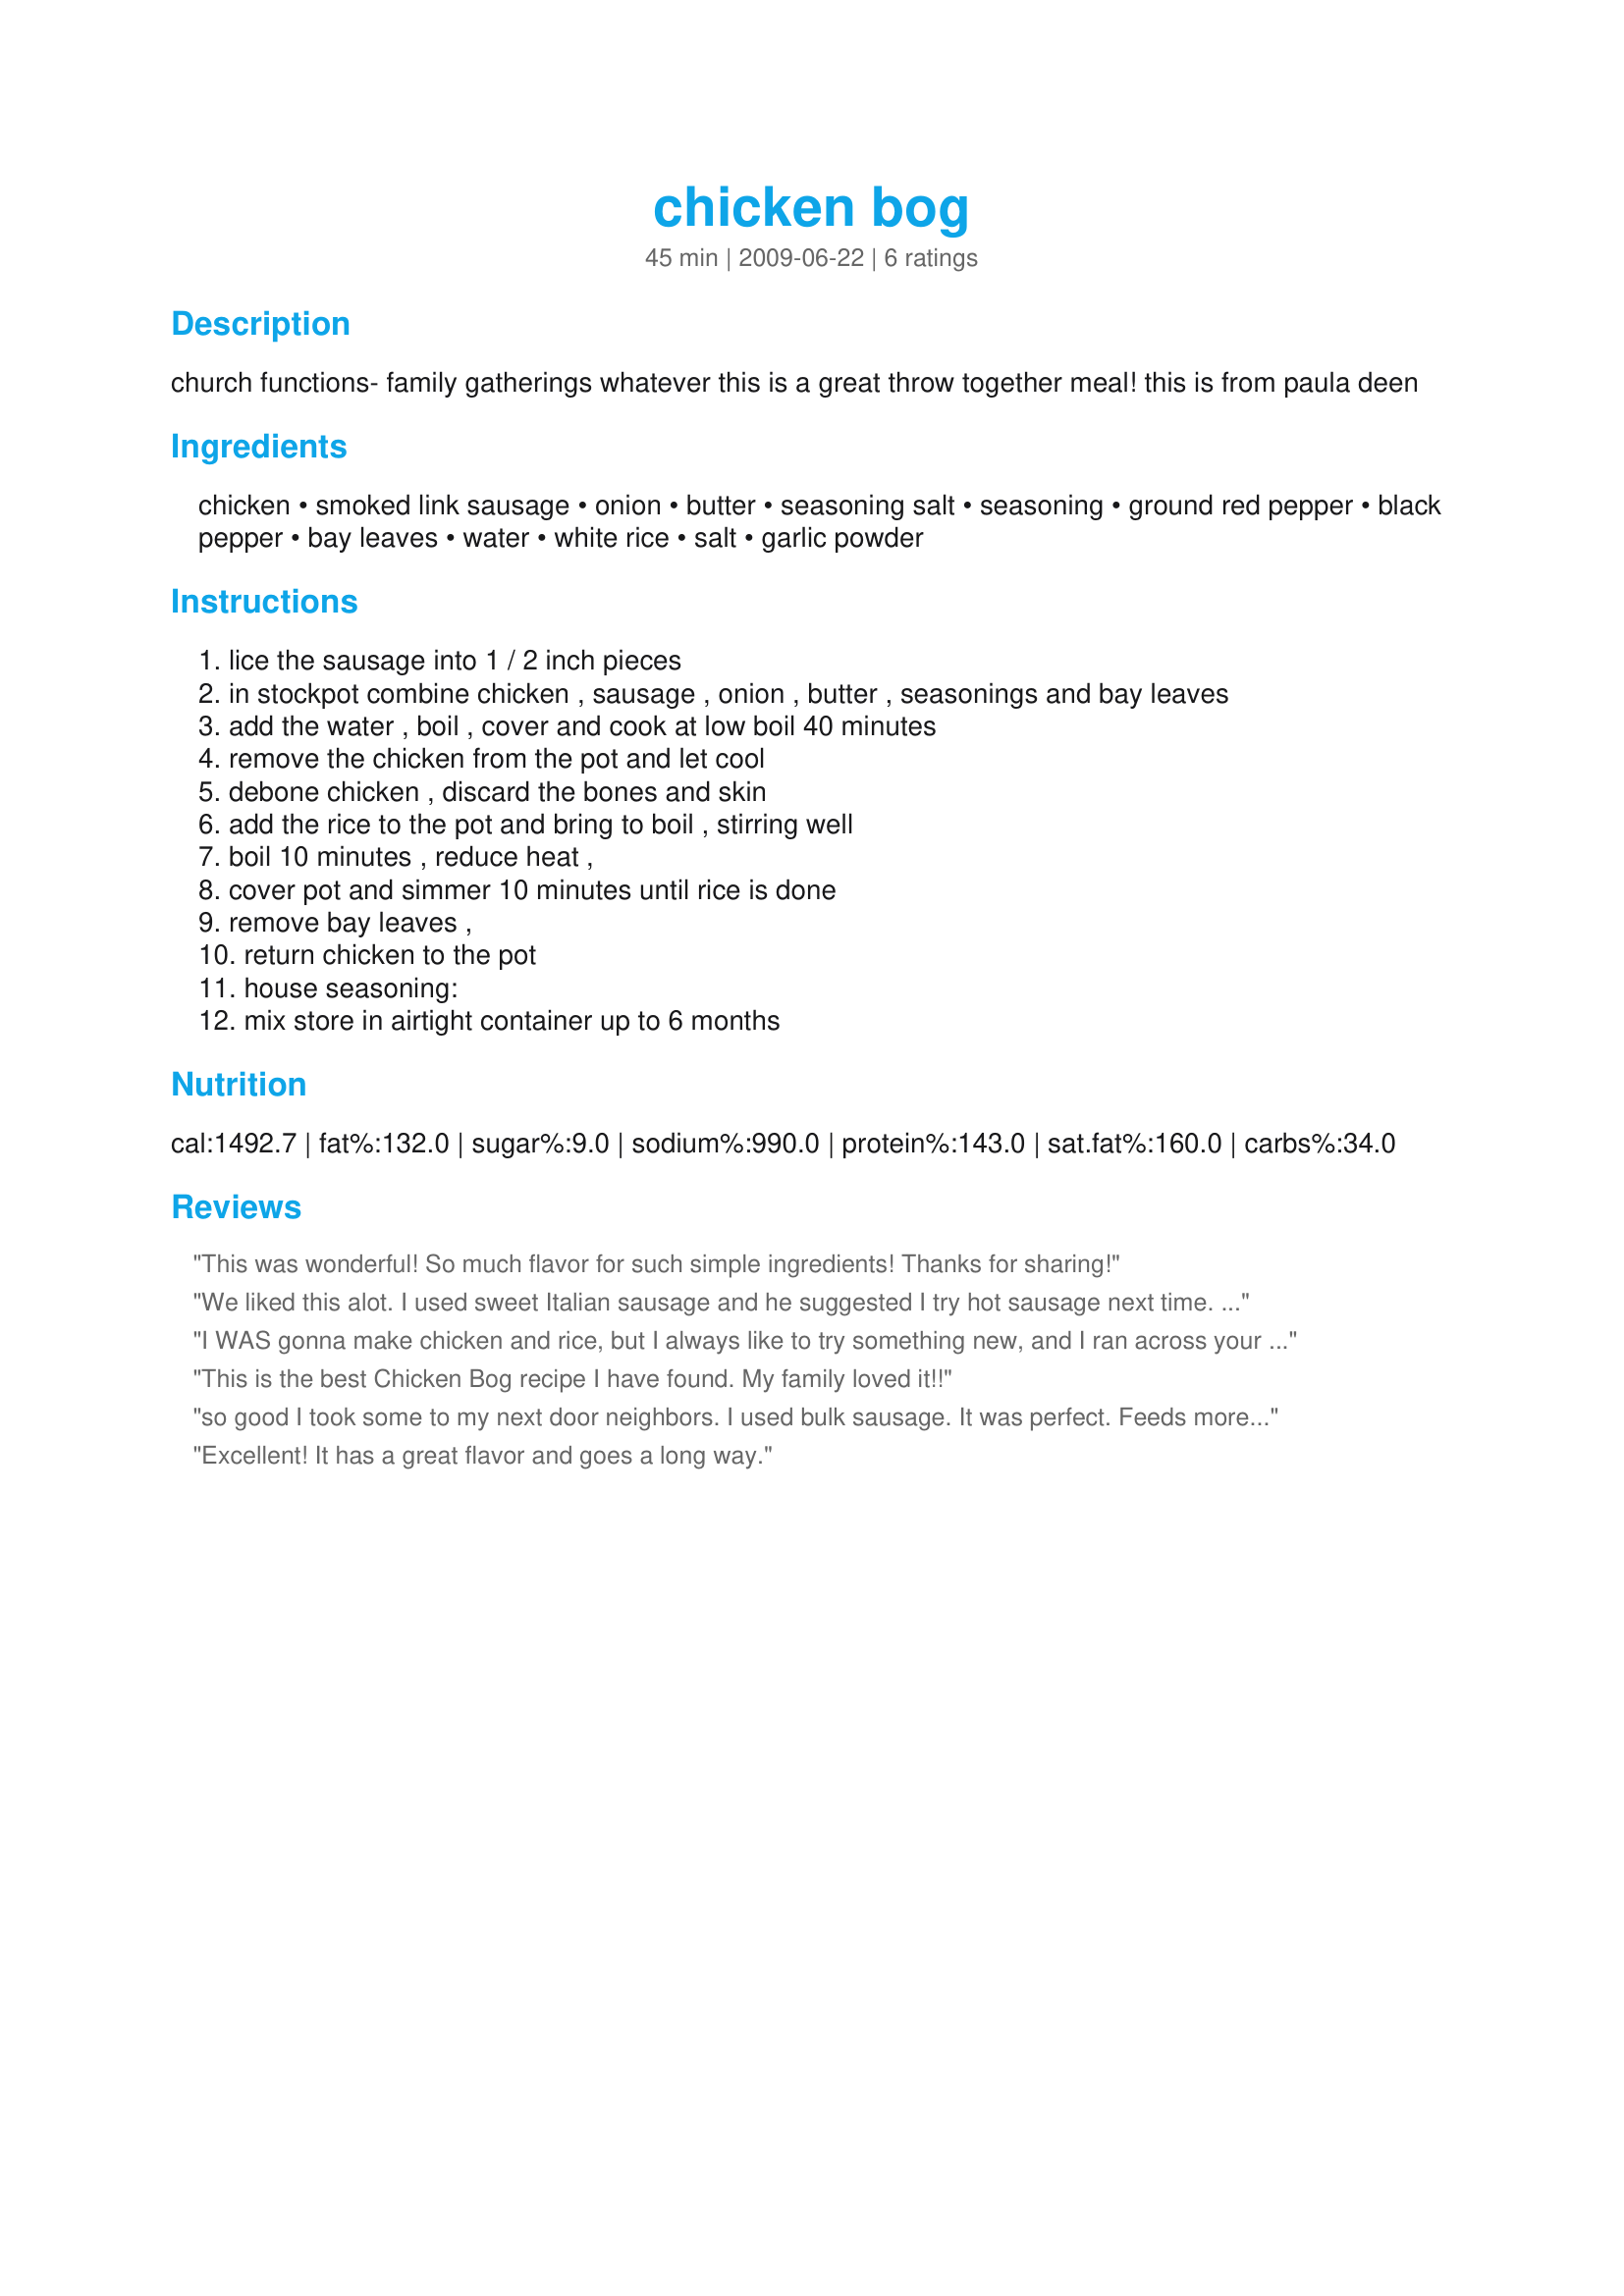
chicken bog
Preparation time: 45 minutes

church functions- family gatherings whatever this is a great throw together meal! this is from paula deen

Ingredients:
chicken, smoked link sausage, onion, butter, seasoning salt, seasoning, ground red pepper, black pepper, bay leaves, water, white rice, salt, garlic powder

Steps:
lice the sausage into 1 / 2 inch pieces
in stockpot combine chicken , sausage , onion , butter , seasonings and bay leaves
add the water , boil , cover and cook at low boil 40 minutes
remove the chicken from the pot and let cool
debone chicken , discard the bones and skin
add the rice to the pot and bring to boil , stirring well
boil 10 minutes , reduce heat ,
cover pot and simmer 10 minutes until rice is done
remove bay leaves ,
return chicken to the pot
house seasoning:
mix store in airtight container up to 6 months

Reviews:
This was wonderful! So much flavor for such simple ingredients! Thanks for sharing!
We liked this alot. I used sweet Italian sausage and he suggested I try hot sausage next time. It seemed to be even tastier the next day. It is a very simple comfort dish ~ Thanks Shawn C.
I WAS gonna make chicken and rice, but I always like to try something new, and I ran across your recipe Shawn...and I&#039;m soooooo glad I did! YUMMMMMMMY thanx for sharing!
This is the best Chicken Bog recipe I have found. My family loved it!!
so good I took some to my next door neighbors. I used bulk sausage. It was perfect. Feeds more like 8 though! Thanks!
Excellent! It has a great flavor and goes a long way.
